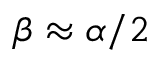
\beta \approx \alpha / 2